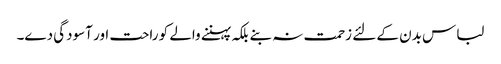
لباس بدن کے لئے زحمت نہ بنے بلکہ پہننے والے کو راحت اور آسودگی دے۔